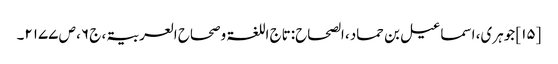
[۱۵] جوہری، اسماعیل بن حماد، الصحاح:تاج اللغۃ وصحاح العربیۃ، ج ۶، ص ۲۱۷۷۔